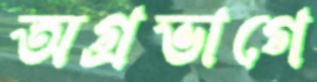
অগ্রভাগে